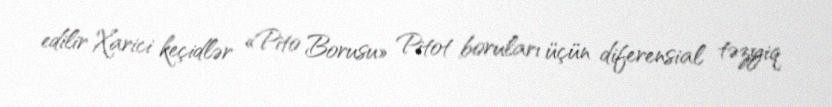
edilir Xarici keçidlər «Pito Borusu» Pitot boruları üçün diferensial təzyiq